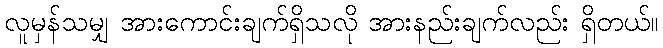
လူမှန်သမျှ အားကောင်းချက်ရှိသလို အားနည်းချက်လည်း ရှိတယ်။